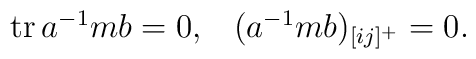
\matrix{{\rm tr} \, a^{-1}mb=0,&(a^{-1}mb)_{[ij]^+}=0.}